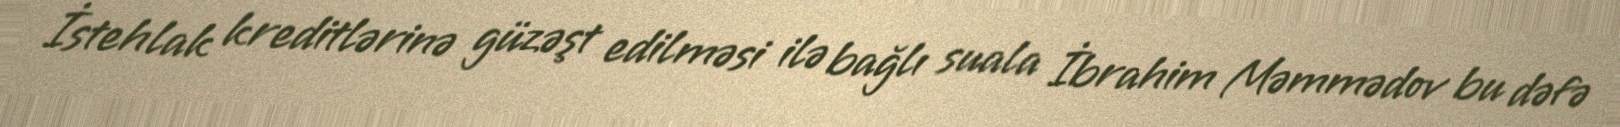
İstehlak kreditlərinə güzəşt edilməsi ilə bağlı suala İbrahim Məmmədov bu dəfə